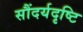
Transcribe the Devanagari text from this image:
सौंदर्यदृष्टि